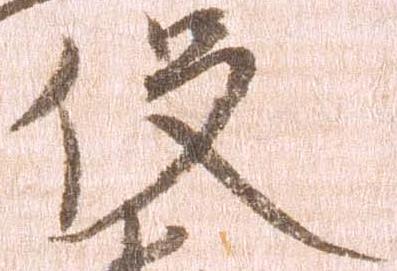
役